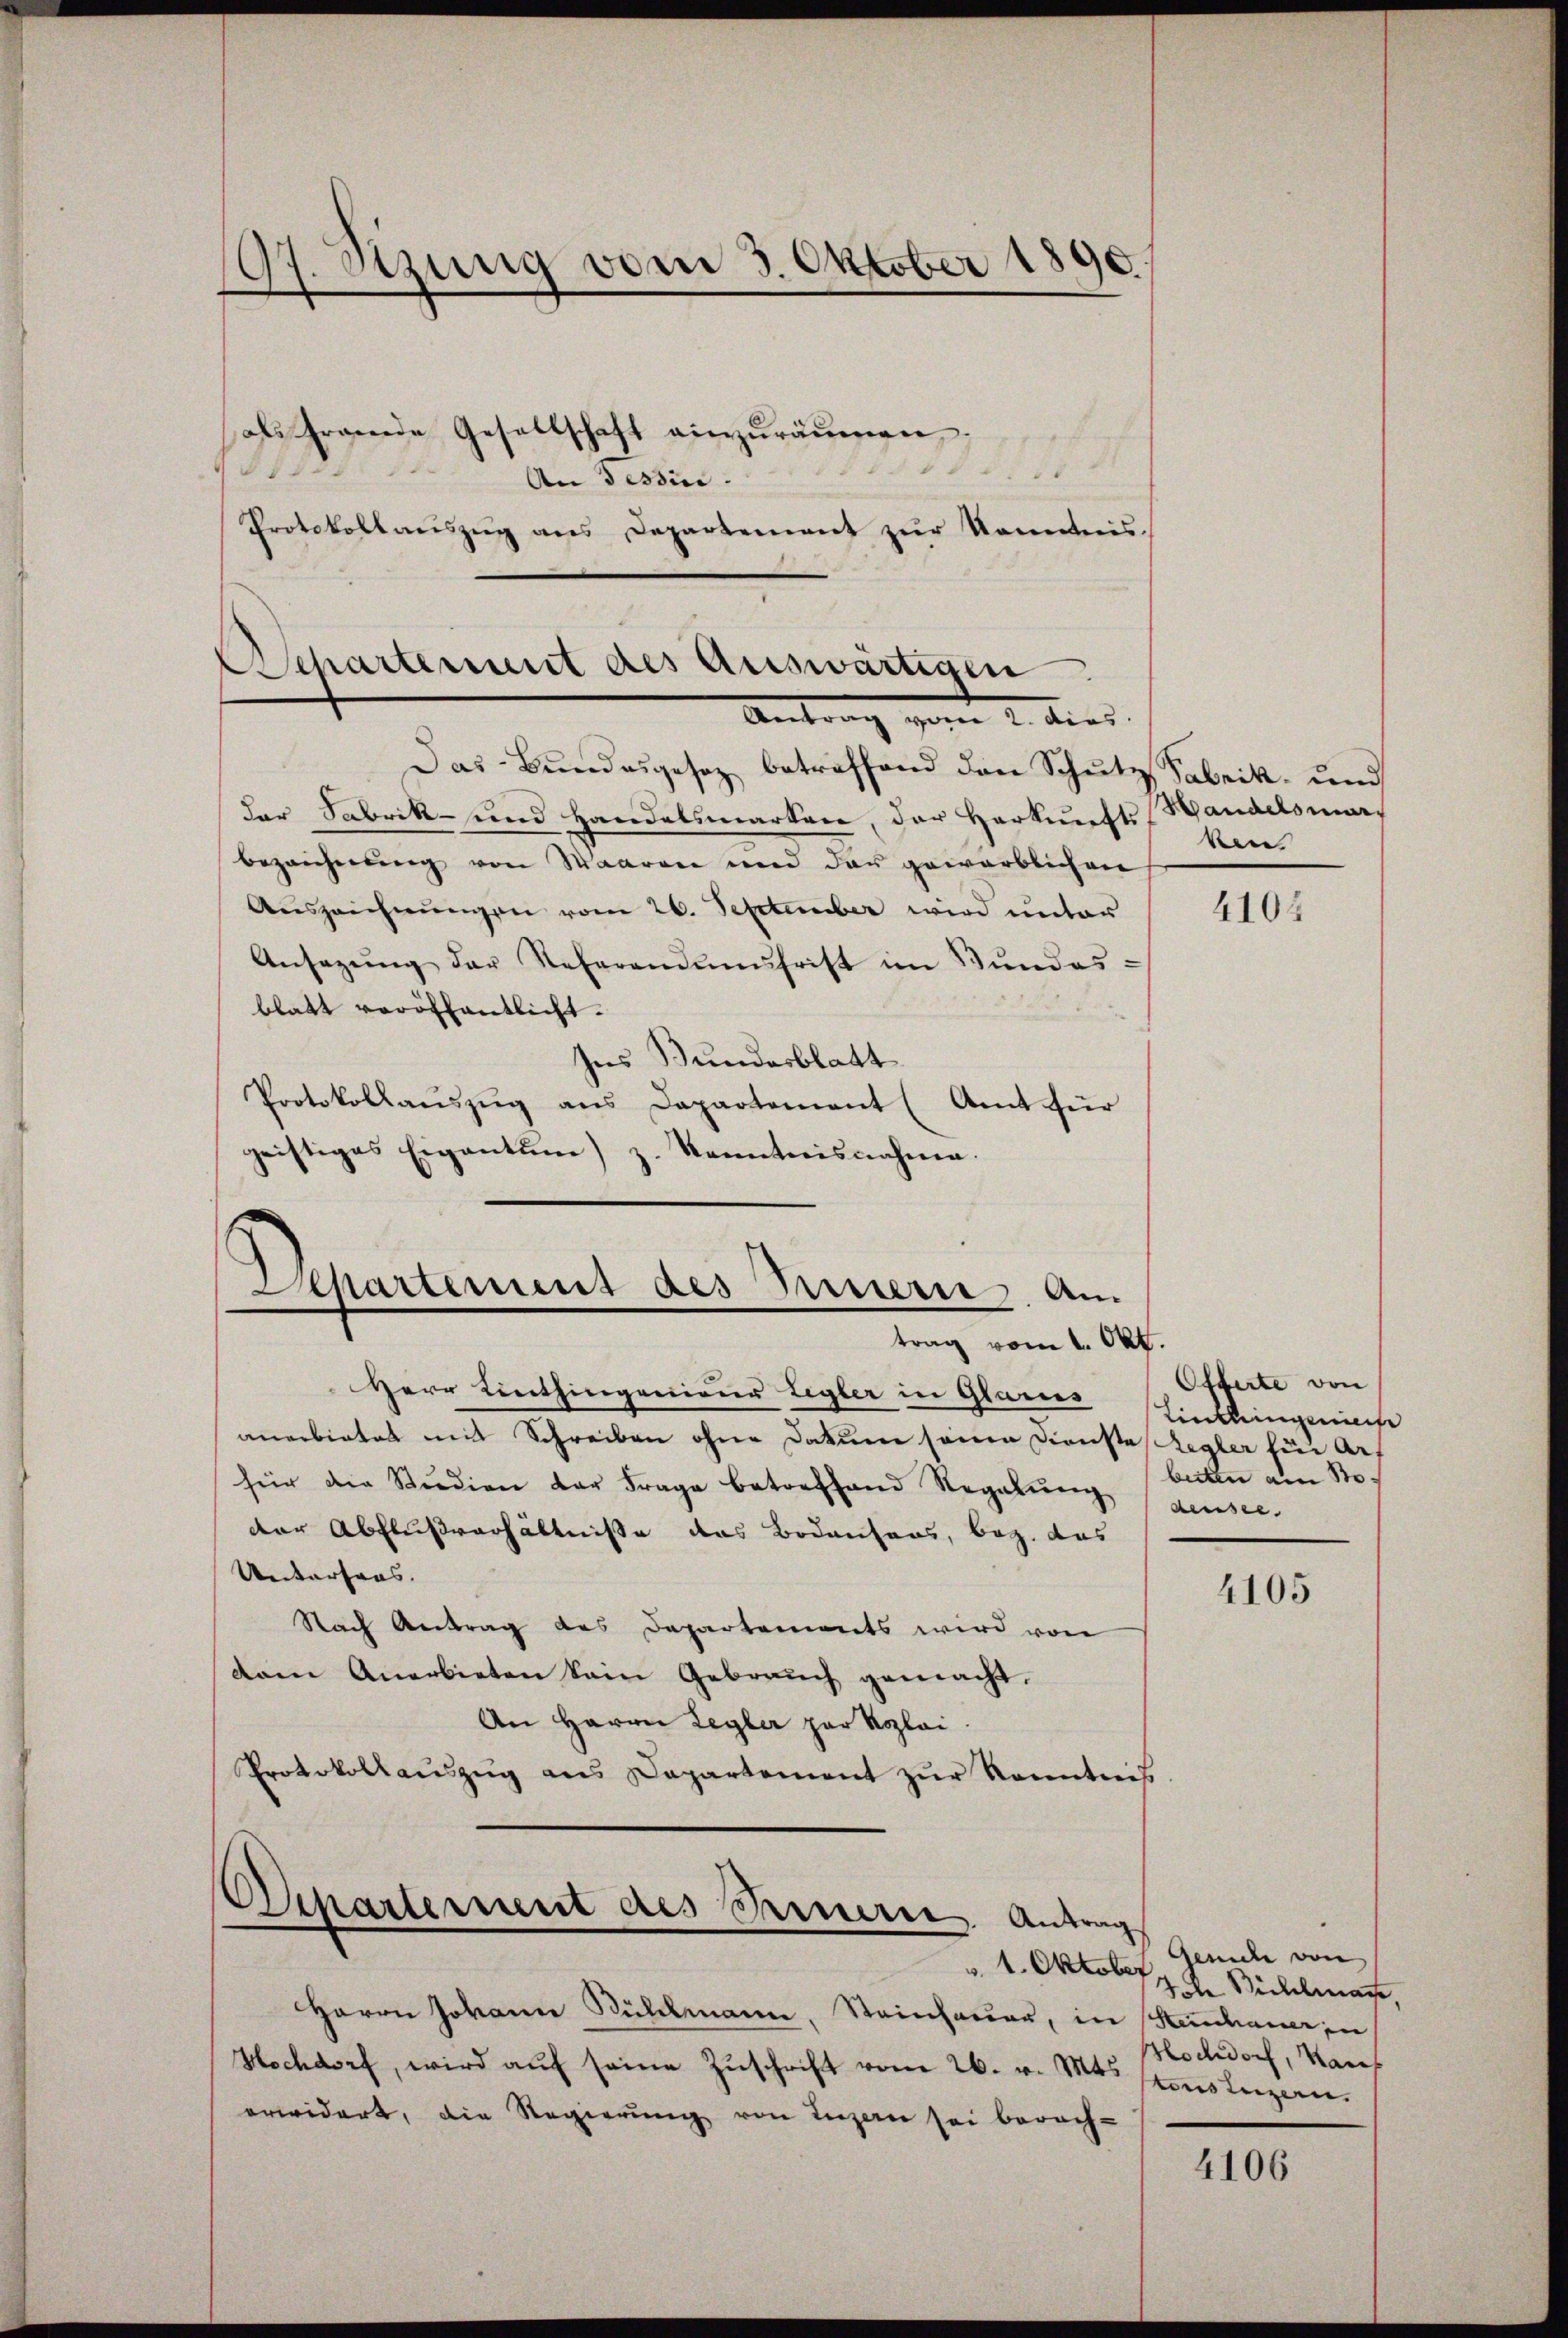
97. Setzung vom 3. Oktober 1890

5
14
d
Protokollaŭszŭg ans Departement zŭr Kenntnis.

als fremde Gesellschaft einzuräumen.
An Tessin.

Aschartement des Auswärtigen.
Antrag gegen u. dies. |

Das Bundesgesez betreffend den Schŭtz Fabrik- und
der Fabrik- und Handelsmarken, der Herkunfts-Handelsmarbezeichnung von Waaren und der gewärblichen
Auszeichnŭngen vom 26. September wird unter
Ansagŭng der Referanmnŭfrist im Bŭndes-
blatt veröffentlicht.
Ins Bundesblatt
Protokollaŭszŭg ans Departement (Amt für
geistiges Eigentum) z. Kenntnisnahme.

Departement des Innern. Am
trag vom 1. Okt.

Herr Linthingenieur Legler in Glarers Einkleingeniese
anerbietet mit Schreiben ohne Datum seine Dienste Regler für Auf
für die Studien der Frage betreffend Regalŭng densee.
der Abflußverhältnisse das Bodensens, bez. das
Unterhaus.
Nach Antrag des Departements wird von
dam Anerbieten kein Gebrauch gemacht.
An Herrn Legler zur Rozlai.
Protokollaŭszŭg ans Departement zŭr Kenntnis

Departement des Sinnern. Antrag

ken.

Herrn Johann Bühlmann, Steinhauer, in Kerchauer in
Hochdorf, wird aŭf seine Zuschrift vom 26. v. Mts. stolenzen.
erwidert, die Regierung von Luzern sei berach-

4104

Offerte von
buten am Sto

4105

Gerade von
 1. Oktober 1. 2. Sichelman
Hochdorf, Kauf

4106